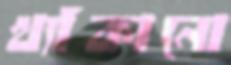
খ্যাঁকানো